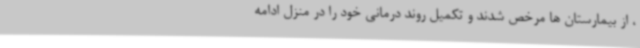
، از بیمارستان ها مرخص شدند و تکمیل روند درمانی خود را در منزل ادامه